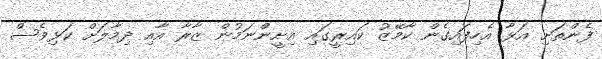
ފެންތަށި އަޅާ އެހިފައިގެން ކާމޭޒު ކައިރީގައި އިށީންނަމުން ޒާރާ އާއި ދިމާލަށް ކަޅިވެސް